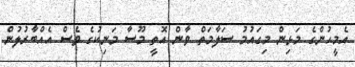
އެމީހުންގެ މަޅިން މިގައުމު ސަލާމަތް ވާން އޮތީ މޫސާ މަނިކުގެ ވެސް އެއްބާރުލުން